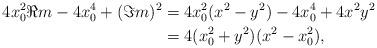
LaTeX: \begin{align*} 4x_0^2\Re m-4x_0^4+(\Im m)^2 &=4x_0^2(x^2-y^2)-4x_0^4+4x^2y^2\\ &=4(x_0^2+y^2)(x^2-x_0^2),\end{align*}